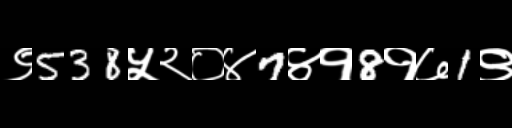
Text: ९538५२०४7४१8१७1९